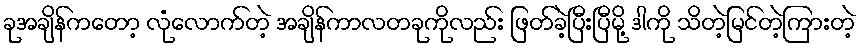
ခုအချိန်ကတော့ လုံလောက်တဲ့ အချိန်ကာလတခုကိုလည်း ဖြတ်ခဲ့ပြီးပြီမို့ ဒါကို သိတဲ့မြင်တဲ့ကြားတဲ့